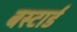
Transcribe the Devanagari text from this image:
बस्टार्ड